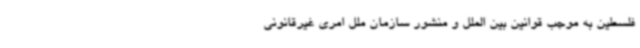
فلسطین به موجب قوانین بین الملل و منشور سازمان ملل امری غیرقانونی